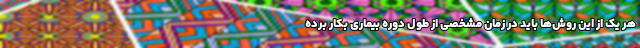
هر یک از این روش‌ها باید در زمان مشخصی از طول دوره بیماری بکار برده